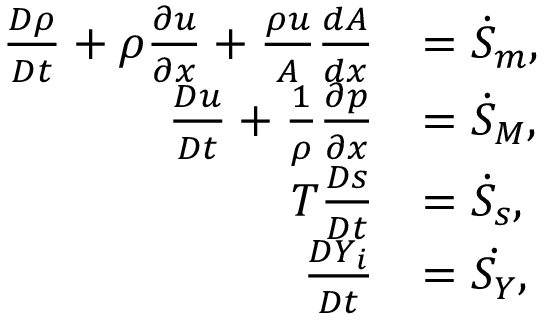
\begin{array} { r l } { \frac { D \rho } { D t } + \rho \frac { \partial u } { \partial x } + \frac { \rho u } { A } \frac { d A } { d x } } & { = { \Dot { S } _ { m } } , } \\ { \frac { D u } { D t } + \frac { 1 } { \rho } \frac { \partial p } { \partial x } } & { = { \Dot { S } _ { M } } , } \\ { T \frac { D s } { D t } } & { = { \Dot { S } _ { s } } , } \\ { \frac { D Y _ { i } } { D t } } & { = \Dot { S _ { Y } } , } \end{array}